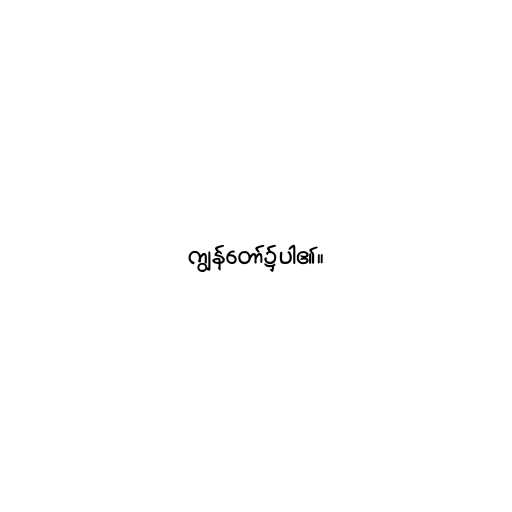
ကျွန်တော်၌ပါ၏။